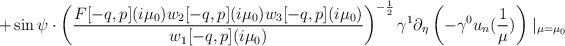
LaTeX: \begin{align*}+ \sin\psi\cdot\left(\frac{F[-q,p](i\mu_{0})w_{2}[-q,p](i\mu_{0})w_{3}[-q,p](i\mu_{0})}{w_{1}[-q,p](i\mu_{0})}\right)^{-\frac{1}{2}} \gamma^{1}\partial_{\eta}\left(-\gamma^{0}u_{n}(\frac{1}{\mu})\right)\mid_{\mu=\mu_{0}} \end{align*}